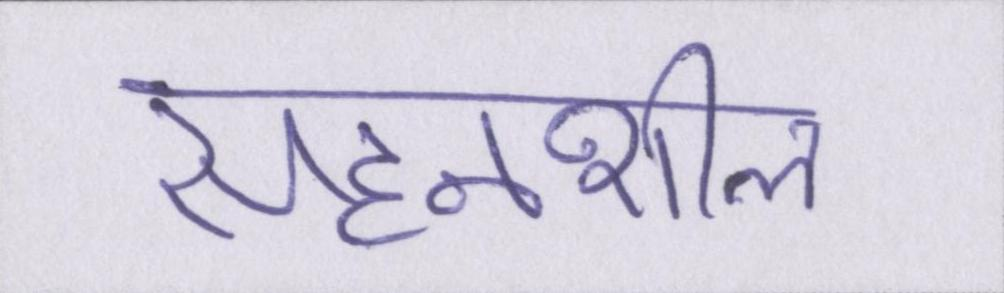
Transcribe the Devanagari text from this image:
सहनशील